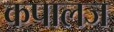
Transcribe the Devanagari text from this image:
कपालज